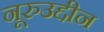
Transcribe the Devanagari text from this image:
नूरुउद्दीन